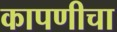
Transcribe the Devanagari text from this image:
कापणीचा